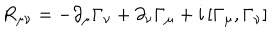
R _ { \mu \nu } = - \partial _ { \mu } \Gamma _ { \nu } + \partial _ { \nu } \Gamma _ { \mu } + i \left[ \Gamma _ { \mu } , \Gamma _ { \nu } \right]